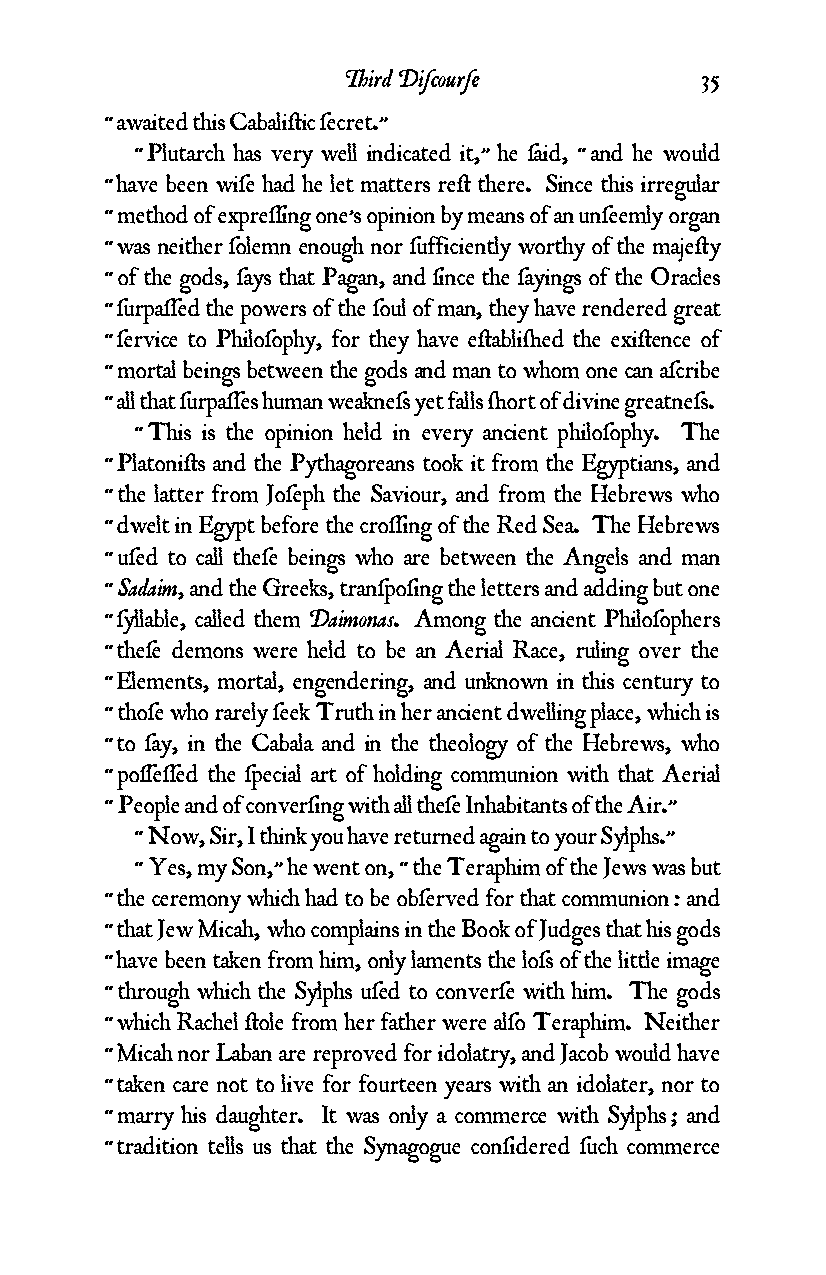
Third Diƒcourƒe        35
 “ awaited this Cabali¥ic ƒecret.”
 “ Plutarch has very well indicated it,” he ƒaid, “ and he would
 “ have been wiƒe had he let matters re¥ there. Since this irregular
 “ method of expreƒƒing one’s opinion by means of an unƒeemly organ
 “ was neither ƒolemn enough nor ƒufficiently worthy of the maje¥y
 “ of the gods, ƒays that Pagan, and ƒince the ƒayings of the Oracles
 “ ƒurpaƒƒed the powers of the ƒoul of man, they have rendered great
 “ ƒervice to Philoƒophy, for they have e¥abli¬ed the exi¥ence of
 “ mortal beings between the gods and man to whom one can aƒcribe
 “ all that ƒurpaƒƒes human weakneƒs yet falls ¬ort of divine greatneƒs.
 “ This is the opinion held in every ancient philoƒophy. The
 “ Platoni¥s and the Pythagoreans took it from the Egyptians, and
 “ the latter from Joƒeph the Saviour, and from the Hebrews who
 “ dwelt in Egypt before the croƒƒing of the Red Sea. The Hebrews
 “ uƒed to call theƒe beings who are between the Angels and man
 “ Sadaim, and the Greeks, tranƒpoƒing the letters and adding but one
 “ ƒyllable, called them Daimonas. Among the ancient Philoƒophers
 “ theƒe demons were held to be an Aerial Race, ruling over the
 “ Elements, mortal, engendering, and unknown in this century to
 “ thoƒe who rarely ƒeek Truth in her ancient dwelling place, which is
 “ to ƒay, in the Cabala and in the theology of the Hebrews, who
 “ poƒƒeƒƒed the ƒpecial art of holding communion with that Aerial
 “ People and of converƒing with all theƒe Inhabitants of the Air.”
 “ Now, Sir, I think you have returned again to your Sylphs.”
 “ Yes, my Son,” he went on, “ the Teraphim of the Jews was but
 “ the ceremony which had to be obƒerved for that communion : and
 “ that Jew Micah, who complains in the Book of Judges that his gods
 “ have been taken from him, only laments the loƒs of the little image
 “ through which the Sylphs uƒed to converƒe with him. The gods
 “ which Rachel ¥ole from her father were alƒo Teraphim. Neither
 “ Micah nor Laban are reproved for idolatry, and Jacob would have
 “ taken care not to live for fourteen years with an idolater, nor to
 “ marry his daughter. It was only a commerce with Sylphs ; and
 “ tradition tells us that the Synagogue conƒidered ƒuch commerce